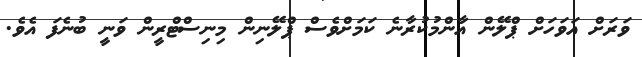
ވަރަށް އަވަހަށް ޕްލޭން އާންމުކުރާނެ ކަމަށްވެސް ޕްލޭނިން މިނިސްޓްރީން ވަނީ ބުނެފަ އެވެ.